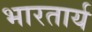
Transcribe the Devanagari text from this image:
भारतार्य